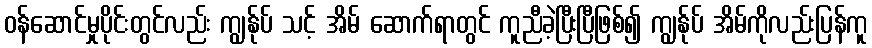
ဝန်ဆောင်မှုပိုင်းတွင်လည်း ကျွန်ုပ် သင့် အိမ် ဆောက်ရာတွင် ကူညီခဲ့ပြီးပြီဖြစ်၍ ကျွန်ုပ် အိမ်ကိုလည်းပြန်ကူ